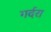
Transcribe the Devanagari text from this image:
गर्दरा